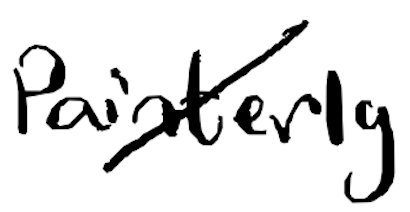
Text: painterly
Cross-out: mix
Writing tool: digital_black